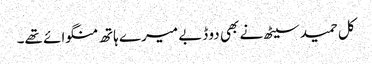
کل حمید سیٹھ نے بھی دو ڈبے میرے ہاتھ منگوائے تھے۔